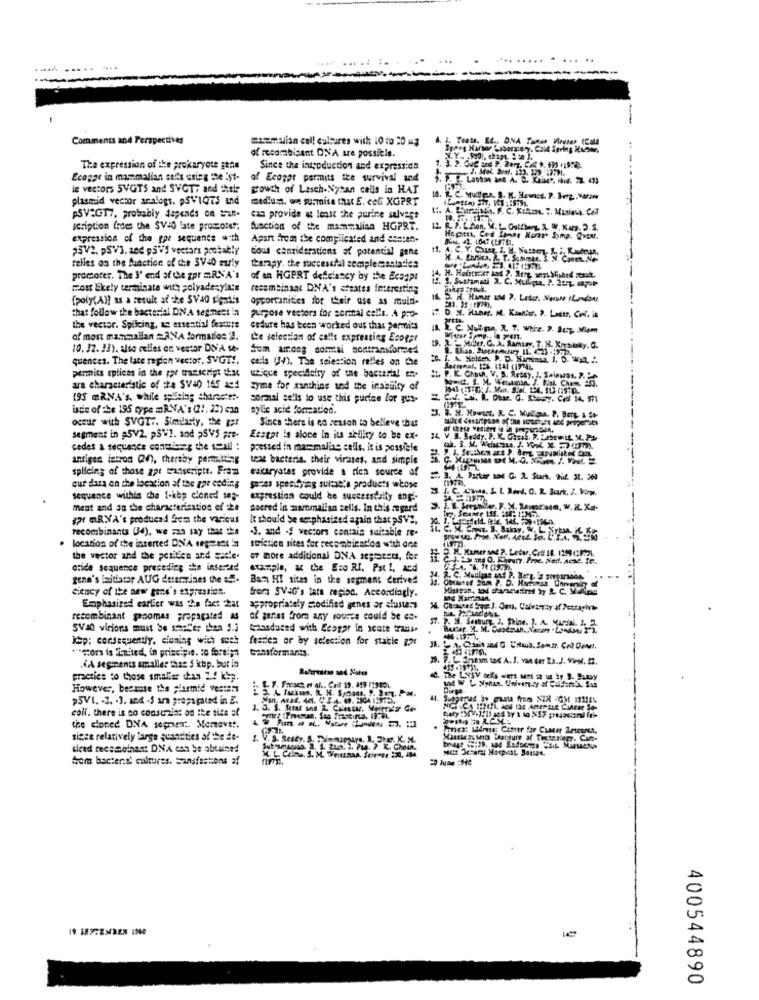
....
--
Comments and Perspectives
macumulian call cultures with 10 to 20 mg
6. I. Toets. Et ., DNA Tumwe Viruter (Cald
of mearabisant DNA are possible.
The expression of the prokaryote gens
Since the introduction and expression
Ecogge in mammalian sel's using the lyt-
of Ecagor permits the survival and
le vectors SVGTS and SVCT7 and their
growth of Lasch-Nysan cells in HAT
plasmid vector analogs. pSVIGTs and
medusa. we surmise that E. coli XGPRT
10. R.C Nulen. S. M. Flowers. P. Jeg. Vara
PSV2GT7, probably depends on ban.
can provide at least the purine salvest
scription frdes the SVE late promoter;
function of the mammalian HGPRT.
expression of the gpe sequence with
Apart from the compilcated and content.
Heetu, Ced fanns Norare Symp. Quent.
23V2. pSV3. and p3V'S vectors probably
coul considerations of potencial gene
relies on the function of the SV40 early
H. A. thria, . T. Sanimae. 3. N. ConEL.Ne
therapy. the successful complementadies
promoter. The I' end of the zpr mRNA's
of an HGPRT deficiency by the Ecaapr
most Ekely terminate with solyadenylas
recombinant DNA's creates interesting
(poly(A)? as a result at che SVao signsis
opportunities for their use as muld-
that follow the bacterial DNA segment in
purpose vestors for sermnal cells. A pro-
¡T. D. H. Haner. M. Kannter, P. Lestz, Col. in
the vector. Spilcing, an essential feature
cedure has been worked our thas permits
of most mammallan ANA formadios 2.
the selection of calls expressing Ecoger
10. 32. 23). also celles en vector DIVA Se-
Som among normal nodtransformed
2. - Mer. C. A. Ramun, T. N. Koyainky. G.
queness. The late region vector, SVGT !.
cella (34). The selection relles on the
permits splices in the gor transcript ust
wzique specificity of the bacteria! en.
P. K. Chow. V. S. Reday, J. Saintos. 2.
ara characteristic of the SV40 165 aed
zyme for xanthins and the inabuity of
195 mRNA's, while splicing character-
sormal sells to use this purine for gus-
istic of the 195 cype =R.NA's (2 !. 22) can
aylic acid formation.
ocsur with SVGT .. Similarly, the gat
Since there is no reason to believe thur
segment in .5V2. SV'S. and psvs pre-
Ecsgot is alone In its ability to be ex-
cedes a sequence contiseg the Call :
pressed in mammaline calls. it is passiele
antigen intros (V), thereby permitting
teat bacteria, their viruses, and simple
splicing of those apt transcriptt. From
sakaryatas provide a rien source of
=
cur data on the location of the por ceding genes specifying suitatte products whose
. C. Chas, & L Rond, O. R. Buark, J. Virw.
sequence within the f-ibp cloned seg-
exprestian could be successfully angi-
meat and an the characterisation of the
Sacred in mammalian sells. In this regard
gt mRNA's produced from the various
It should be emphasized again that pSV2,
recombinants (4), we can say that #
J. and -, vectors contain suitable re-
location of the inserted DNA segment in
striction sices for recombination with one
the vector and the position and sarle.
er more additional DNA sestaest, fer
ctide sequence preceding she inserted
example, at the Eco RI. Pat 1, and
gene's initiator AUG deramines the a5 ..
Ban HI sites ip the segment derived
cieney of the new gone's expression.
from SV40's tats region. Accordingly.
Emphasized earlier was the fact 2at
appropriately modified genes or sisters
recombinant gaaomes propagated AS
of gantes from any source could be co-
SVa virions must be smeler than S.2
Masduced with Ecopar in acute trads.
.
ksp; consequently, cloning with such
fesdes or by selection for stile got
*** sors is Inited, in priscipit. to foreign
Gensformants.
.A segments smaller thas S kbp. but ia
practice to those smaller than 2.5 ksp.
However, because the plasmid vesters
>5VL. - 7. . 3. and -S ann propagated in E.
coli. there is ao consuzins on the size of
the cloned DNA segmen .. Moreevt !.
sizce relatively large quantities of the de-
. V. S. Reddy. S. Dimmipays, A. The. K. M.
diced recombinant DNA can be obtained
Som bacterdi cultures. Sansfections af
20 Juan =He
19 1877EMBER 1980
400544890